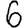
Digit: 6